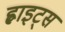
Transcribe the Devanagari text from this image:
ह्वाइट्स